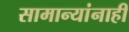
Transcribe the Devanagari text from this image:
सामान्यांनाही